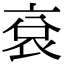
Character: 袞